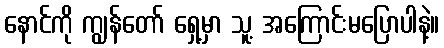
နောင်ကို ကျွန်တော် ရှေ့မှာ သူ့ အကြောင်းမပြောပါနဲ့။